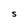
Character: s